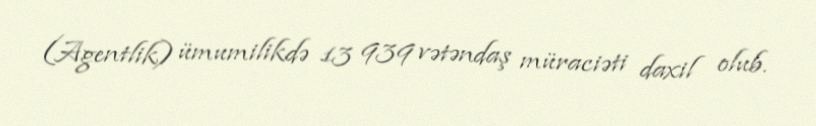
(Agentlik) ümumilikdə 13 939 vətəndaş müraciəti daxil olub.